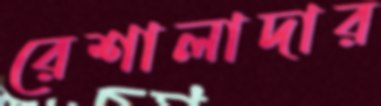
রেশালাদার